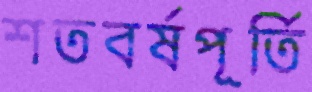
শতবর্ষপূর্তি